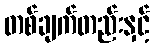
တစ်ချက်တည်းနှင့်